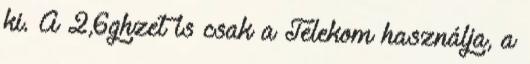
ki. A 2,6ghzet is csak a Telekom használja, a